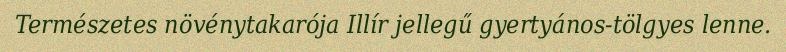
Természetes növénytakarója Illír jellegű gyertyános-tölgyes lenne.